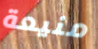
منيعة